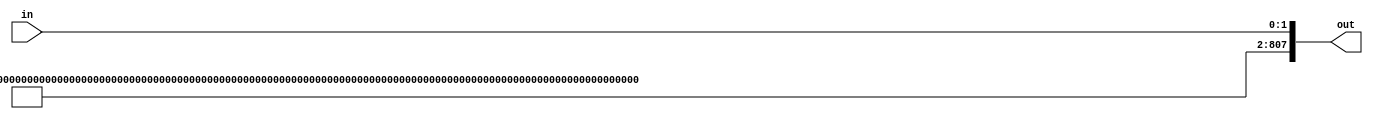
// keccak800.v

module keccak_padding(in, out);
    parameter WIDTH = 0;
    
    input [WIDTH-1:0] in;
    output [807:0] out;
    
    // 0x35 for 12 rounds
    assign out = {8'h35, {799-WIDTH{1'b0}}, 1'b1, in};
endmodule